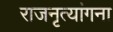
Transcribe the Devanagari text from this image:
राजनृत्यांगना